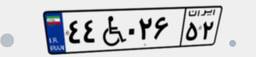
۵۳W۸۴۱۹۶